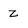
Character: z